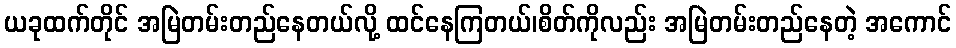
ယခုထက်တိုင် အမြဲတမ်းတည်နေတယ်လို့ ထင်နေကြတယ်၊စိတ်ကိုလည်း အမြဲတမ်းတည်နေတဲ့ အကောင်